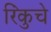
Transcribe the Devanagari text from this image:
रिंकुचे